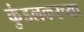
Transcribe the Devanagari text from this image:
कुंडलकरच्या